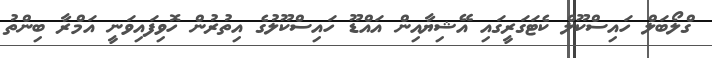
ގްލޯބަލް ހައިސްކޫލް ކެޓަގަރީގައި އޭޝިޔާއިން އައްޑޫ ހައިސްކޫލުގެ އިތުރުން ހޮވިފައިވަނީ އަމްރާ ބިންތު